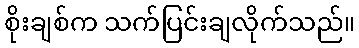
စိုးချစ်က သက်ပြင်းချလိုက်သည်။